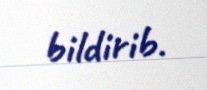
bildirib.